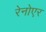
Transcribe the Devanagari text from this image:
रेनोएर